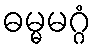
ဓမ္မမဂ္ဂံ